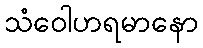
သံဝေါဟရမာနော